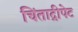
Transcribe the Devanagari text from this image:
चिंताद्रीपेट